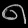
Digit: ၈